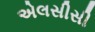
એલસીસી